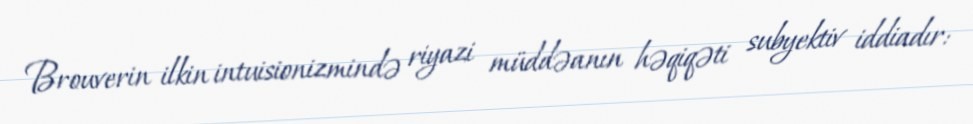
Brouverin ilkin intuisionizmində riyazi müddəanın həqiqəti subyektiv iddiadır: